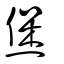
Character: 煲